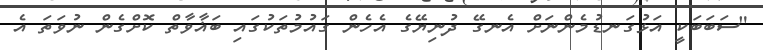
"ސަބަބަކީ އަޅުގަނޑުމެންނަށް އެނގޭ ދުނިޔޭގެ އެހެން ގައުމުތަކުގައި ބަޣާވާތް ކޮށްގެން ނުވަތަ އެ